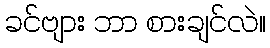
ခင်ဗျား ဘာ စားချင်လဲ။